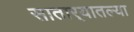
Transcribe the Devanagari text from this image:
सातार्‍यातल्या